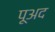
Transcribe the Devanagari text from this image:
पूअद